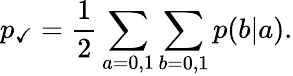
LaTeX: p_{\checkmark}=\frac{1}{2}\sum_{a=0,1}\sum_{b=0,1}p(b|a).